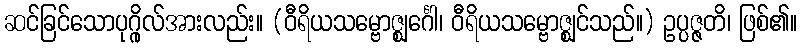
ဆင်ခြင်သောပုဂ္ဂိုလ်အားလည်း။ (ဝီရိယသမ္ဗောဇ္ဈင်္ဂေါ၊ ဝီရိယသမ္ဗောဇ္ဈင်သည်။) ဥပ္ပဇ္ဇတိ၊ ဖြစ်၏။